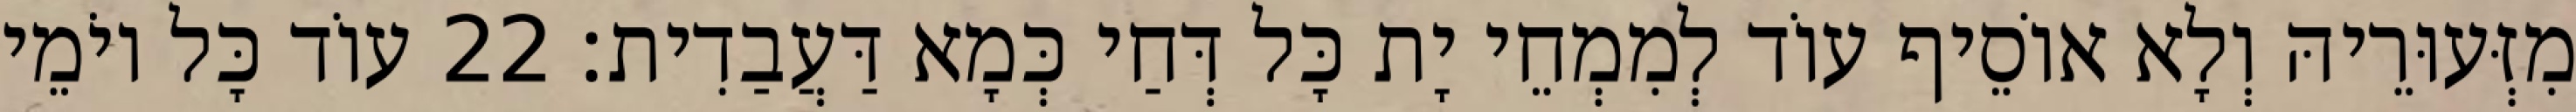
מִזְּעוּרֵיהּ וְלָא אוֹסֵיף עוֹד לְמִמְחֵי יָת כָּל דְּחַי כְּמָא דַּעֲבַדִית׃ 22 עוֹד כָּל יוֹמֵי